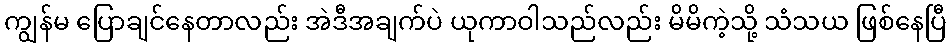
ကျွန်မ ပြောချင်နေတာလည်း အဲဒီအချက်ပဲ ယုကာဝါသည်လည်း မိမိကဲ့သို့ သံသယ ဖြစ်နေပြီ